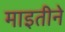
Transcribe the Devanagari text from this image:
माइतीने